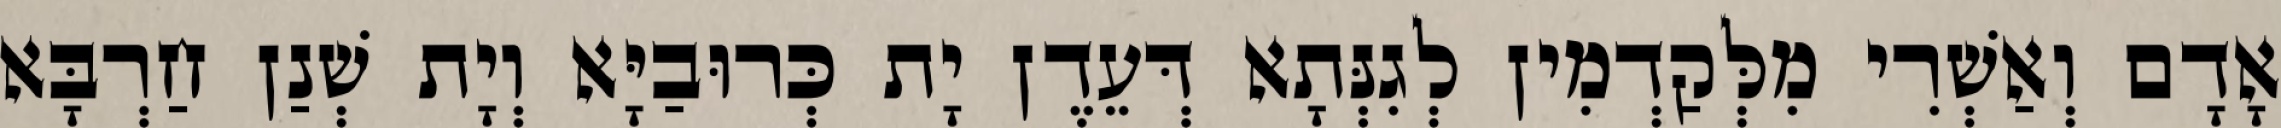
אָדָם וְאַשְׁרִי מִלְּקַדְמִין לְגִנְּתָא דְּעֵדֶן יָת כְּרוּבַיָּא וְיָת שְׁנַן חַרְבָּא